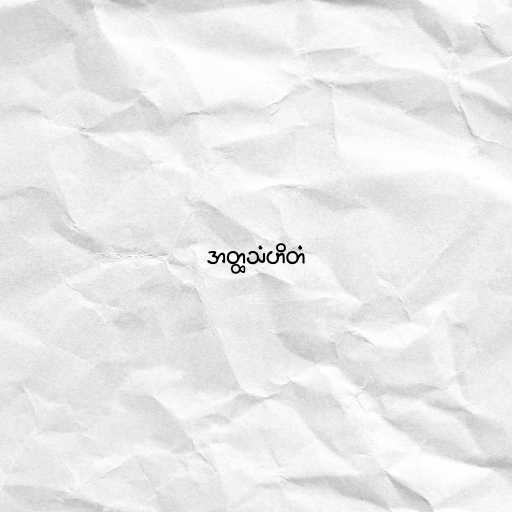
အတ္ထသံဟိတံ